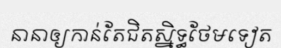
នានាឲ្យកាន់តែជិតស្និទ្ធថែមទៀត